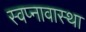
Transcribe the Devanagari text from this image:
स्वप्नावास्था